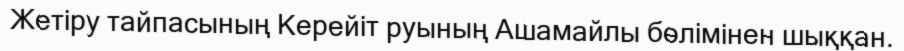
Жетіру тайпасының Керейіт руының Ашамайлы бөлімінен шыққан.